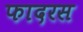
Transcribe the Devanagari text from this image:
फादरस